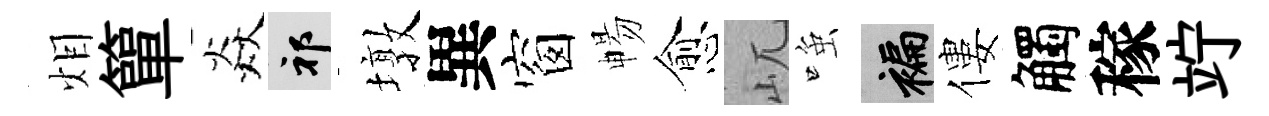
𤇆簞焱祁墩異窗暢愈屼𫪻褊僂觸稼竚